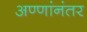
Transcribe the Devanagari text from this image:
अण्णांनंतर